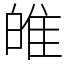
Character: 𤽼